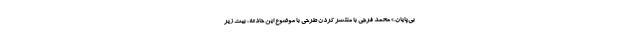
بی‌پایان.» محمد فرجی با منتشر کردن طرحی با موضوع این حادثه، بیت زیر